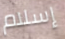
إسلام